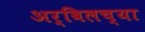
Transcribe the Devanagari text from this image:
अर्बिलच्या